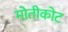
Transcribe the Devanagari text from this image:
मोतीकोट